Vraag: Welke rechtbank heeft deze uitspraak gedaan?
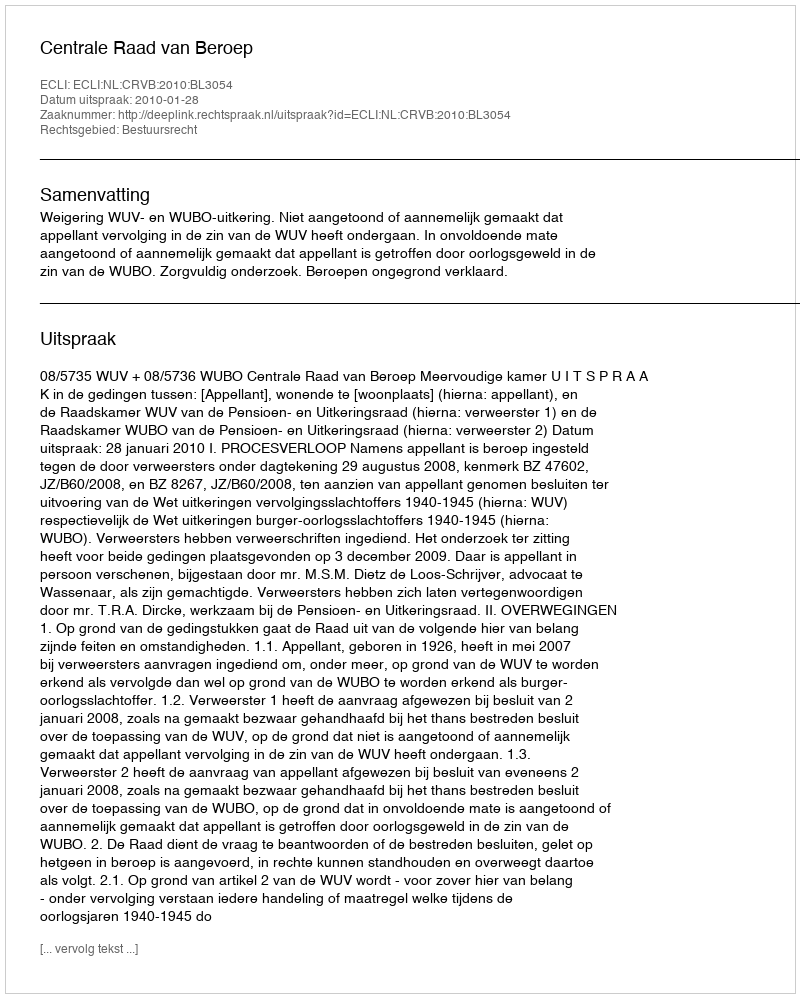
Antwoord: Centrale Raad van Beroep